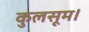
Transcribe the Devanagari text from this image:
कुलसूम।